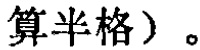
算半格）。